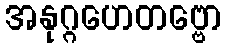
အနုဂ္ဂဟေတဗ္ဗော